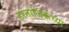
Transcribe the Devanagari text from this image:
हरतालिकेच्या